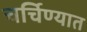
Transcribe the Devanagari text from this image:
चर्चिण्यात